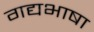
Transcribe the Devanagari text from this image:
गद्यभाषा